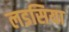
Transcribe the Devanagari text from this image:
लडसिया